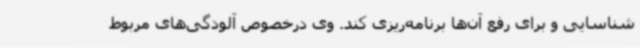
شناسایی و برای رفع آن‌ها برنامه‌ریزی کند. وی درخصوص آلودگی‌های مربوط